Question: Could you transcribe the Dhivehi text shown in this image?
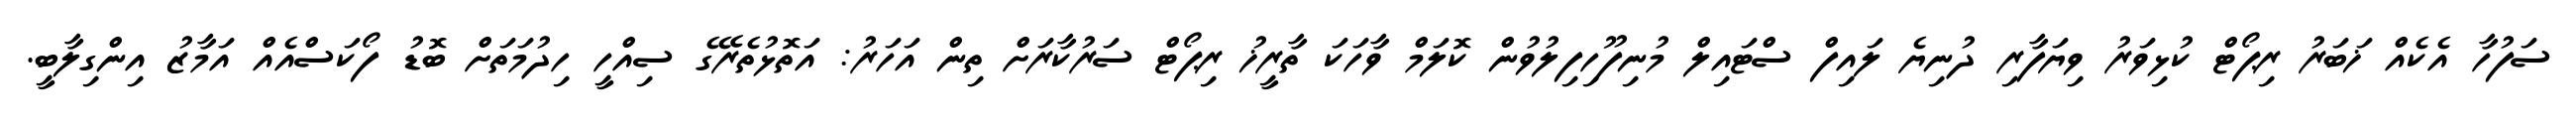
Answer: ސަފުހާ އެކެއް ޚަބަރު ރިޕޯޓް ކުޅިވަރު ވިޔަފާރި ދުނިޔެ ލައިފް ސްޓައިލް މުނިފޫހިފިލުވުން ކޮލަމް ވާހަކަ ތާރީޚު ރިޕޯޓް ސަރުކާރަށް ތިން އަހަރު: އަތޮޅުތެރޭގެ ސިއްހީ ހިދުމަތަށް ބޮޑު ފޯކަސްއެއް އަމާޒު އިންގިލާބީ.